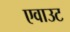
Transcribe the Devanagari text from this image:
एवाउट